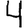
Digit: 4